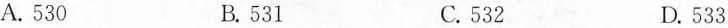
A.530 B.531 C.532 D.533